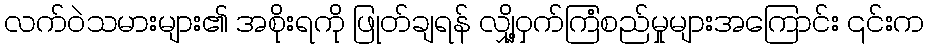
လက်ဝဲသမားများ၏ အစိုးရကို ဖြုတ်ချရန် လျှို့ဝှက်ကြံစည်မှုများအကြောင်း ၎င်းက